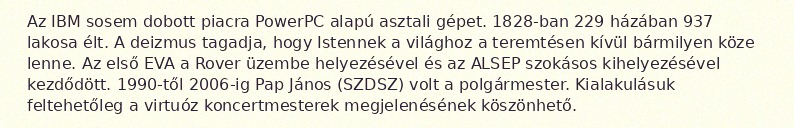
Az IBM sosem dobott piacra PowerPC alapú asztali gépet. 1828-ban 229 házában 937 lakosa élt. A deizmus tagadja, hogy Istennek a világhoz a teremtésen kívül bármilyen köze lenne. Az első EVA a Rover üzembe helyezésével és az ALSEP szokásos kihelyezésével kezdődött. 1990-től 2006-ig Pap János (SZDSZ) volt a polgármester. Kialakulásuk feltehetőleg a virtuóz koncertmesterek megjelenésének köszönhető.